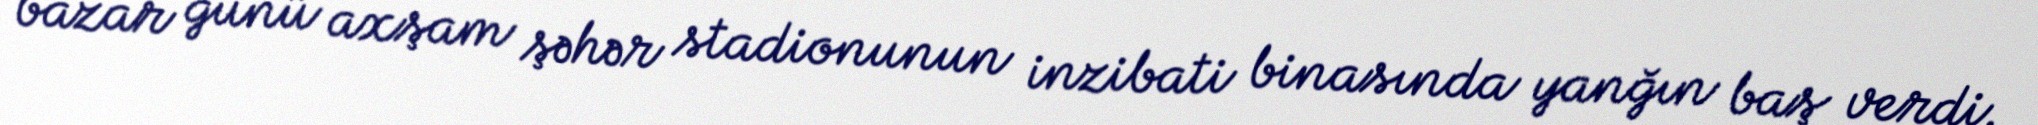
bazar günü axşam şəhər stadionunun inzibati binasında yanğın baş verdi.